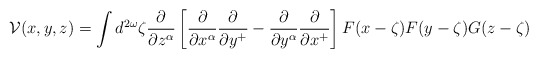
\begin{align*}{\cal V}(x,y,z)=\int d^{2\omega}\zeta {\partial\over \partial z^\alpha}\left[{\partial\over \partial x^\alpha}{\partial\over \partial y^+}-{\partial\over \partial y^\alpha}{\partial\over \partial x^+}\right]F(x-\zeta)F(y-\zeta) G(z-\zeta)\end{align*}